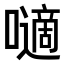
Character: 𡂓